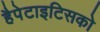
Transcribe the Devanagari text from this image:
हैपेटाइटिसको